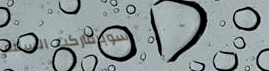
سوبرماركت السلام